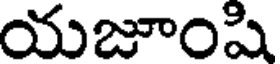
యజూంషి